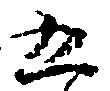
五